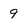
Character: 9